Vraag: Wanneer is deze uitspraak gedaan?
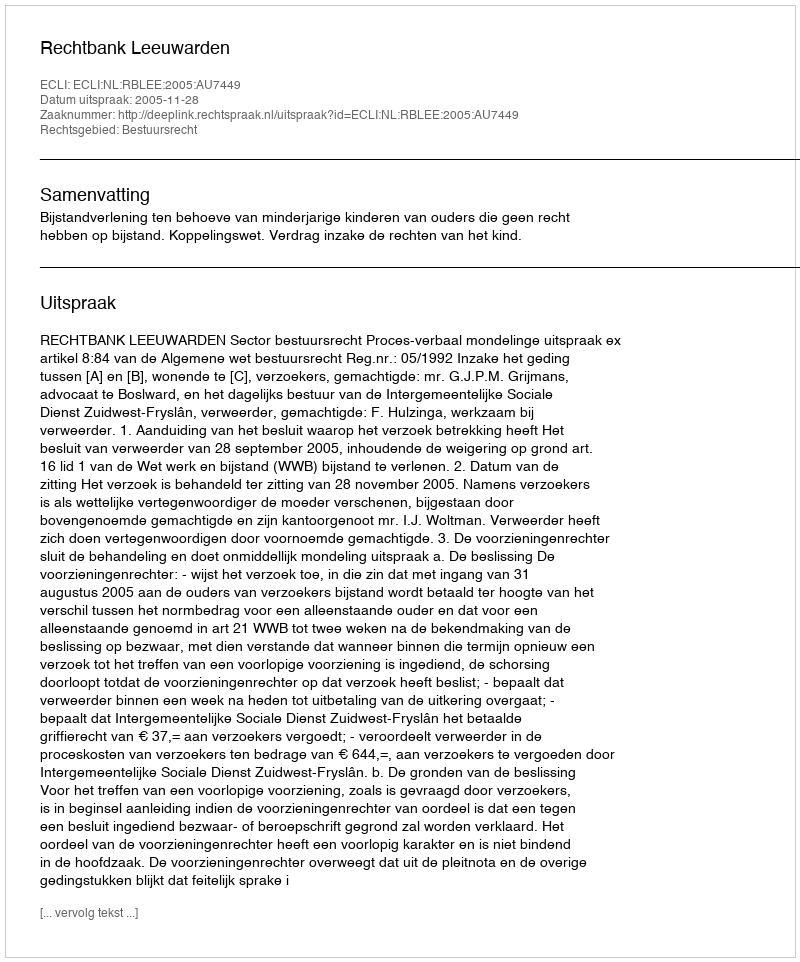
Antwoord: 2005-11-28